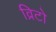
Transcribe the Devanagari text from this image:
व्रिटो